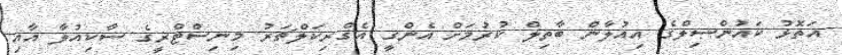
އަތޮޅު ކައުންސިލްގެ އިއުލާން ބާތިލް ކުރުމަށް އެންގީ އެގްރިކަލްޗަރު މިނިސްޓްރީގެ ސާކިއުލާ އާއި